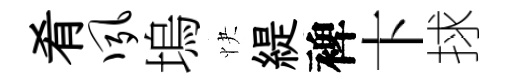
肴夙塢快緹裨卞捄